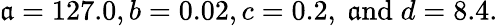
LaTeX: \mathfrak{a}=127.0,b=0.02,c=0.2,\mathrm{{~\mathfrak{a}nd}}\; d=8.4.